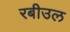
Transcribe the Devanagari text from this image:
रबीउल